system: You are a helpful assistant.
user:
Analyze the provided spectrum to determine if it is a **White Dwarf (WD)**.

A White Dwarf spectrum is defined by its **extreme purity** (due to gravitational settling) and/or **extreme pressure broadening** (due to high surface gravity). You must check for one of the following mutually exclusive signatures:

- **Key Visual Indicators (Check for ONE of these types):**

    - **1. DA-Type Signature (Most Common):**
        - **(Primary Feature):** Extreme pressure broadening (Stark broadening) of the **Hydrogen (H) Balmer lines**.
        - **(Key Lines):** $H\beta$ (approx. $4861$ Å) and $H\gamma$ (approx. $4340$ Å). $H\alpha$ (approx. $6563$ Å) will also be present if the wavelength range covers it.
        - **(Line Profile):** This is the **defining feature**. The lines are **NOT** sharp. They appear as massive, **extremely broad and deep "troughs" or "dips"** in the spectrum, often hundreds of Ångströms wide. The continuum will appear to "scoop" down at these wavelengths.
        - **(Distinction):** Normal A-type or B-type stars have *narrow* and *sharp* Hydrogen lines. A DA White Dwarf's lines are unmistakably "smeared" or "blurry" from pressure.

    - **2. DB-Type Signature:**
        - **(Primary Feature):** Broad absorption lines from **Neutral Helium (He I)**. The spectrum must lack any visible Hydrogen lines.
        - **(Key Lines):** Look for broad absorption near $4471$ Å, $4921$ Å, and $5876$ Å.
        - **(Line Profile):** These lines are also significantly pressure-broadened, appearing much wider than they would in a normal B-type main-sequence star.

    - **3. DC-Type Signature:**
        - **(Primary Feature):** A **featureless continuous spectrum**.
        - **(Line Profile):** The spectrum is a smooth curve with **no significant absorption or emission lines**.
        - **(Key Confirmation):** The continuum is almost always **blue or white**, indicating a hot object. This signature implies the atmosphere is so pure (or so cool) that no spectral lines are visible in the optical range. Its WD identity is confirmed by its extremely low intrinsic brightness (high absolute magnitude).

    - **4. DZ-Type Signature (Metal-Polluted):**
        - **(Primary Feature):** **Isolated, narrow metal absorption lines** on an otherwise featureless (DC-like) continuum.
        - **(Key Lines):** The **Calcium (Ca II) H & K doublet** (approx. **$3934$ Å** and **$3968$ Å**) is the most common and defining feature.
        - **(Line Profile):** These lines are "out of place." They are *not* part of a "forest" of thousands of lines. This signature is evidence of recent *accretion* (pollution) from rocky debris.
        - **(Distinction):** Normal G/K/M stars have a *dense forest* of thousands of metal lines. A DZ has a *clean* continuum with *only a few* strong metal lines.

    - **5. DQ-Type Signature (Carbon-Polluted):**
        - **(Primary Feature):** Absorption bands from **Carbon (C₂ "Swan Bands" or atomic C I)**.
        - **(Key Lines - C₂):** Look for bandheads with a "saw-tooth" shape near $5635$ Å, **$5165$ Å** (strongest), and $4737$ Å.
        - **(Key Confirmation):** The underlying **continuum must be blue or white** (hot).
        - **(Distinction):** This is the critical difference from a **Carbon Star**, which has the *exact same* C₂ bands but on an extremely **red, cool** continuum.

- **(Overall Spectrum):**
    - The continuum (overall shape) is typically **blue-sloping** (brighter in the blue than the red), as most white dwarfs are very hot.
    - The spectrum will look "pure" or "simple," dominated by only *one* of the five signatures listed above.

Think first, call **spectral_visualization_tool** if needed to examine features in detail, then provide your final answer. Your response must adhere to the following strict rules:
1.  **Overall Structure:** Your response must follow the format `<think>...</think> <tool_call>...</tool_call> (if a tool is used) <answer>...</answer>`.
2.  **Tool Usage Constraint:** You may only make **one** tool call per turn.
3.  **Final Answer Format:** In the `<answer>` tag, your conclusion must be inside a `\boxed{}` command (e.g., `\boxed{YES}` or `\boxed{NO}`), followed by your justification.

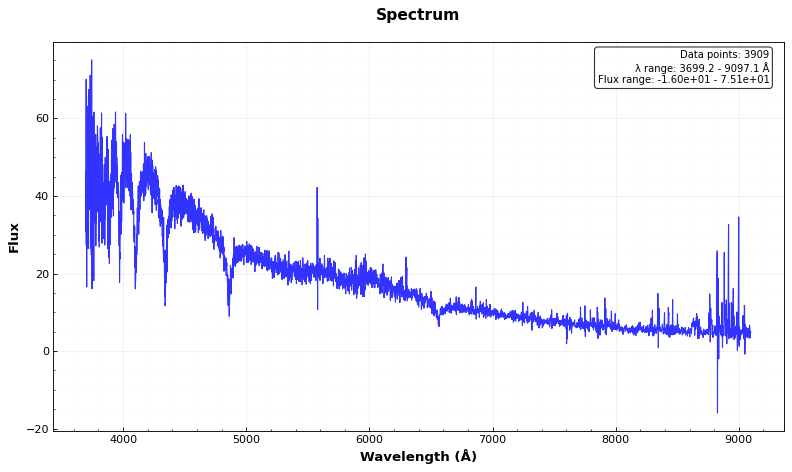
Answer: YES